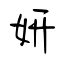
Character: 妍